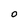
Character: 0